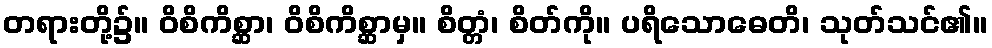
တရားတို့၌။ ဝိစိကိစ္ဆာ၊ ဝိစိကိစ္ဆာမှ။ စိတ္တံ၊ စိတ်ကို။ ပရိသောဓေတိ၊ သုတ်သင်၏။